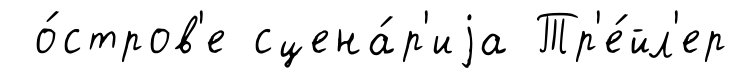
о́стров'е сцена́р'иjа Тр'е́йл'ер